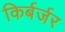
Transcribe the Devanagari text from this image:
किर्बर्जर